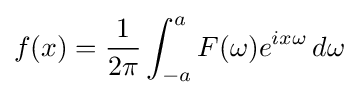
f(x)={\frac {1}{2\pi }}\int _{-a}^{a}F(\omega )e^{ix\omega }\,d\omega